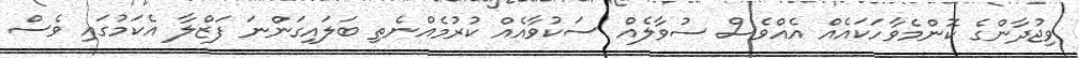
ވިޖުދާންގެ ކޮންމެވާހަކައެއް އެއްވެސް ސުވާލެއް ސަކުވާއެއް ކުރުމެއްނެތި ބަލައިގަންނަ ފަޒްލާ އެކަމުގައި ވެސް